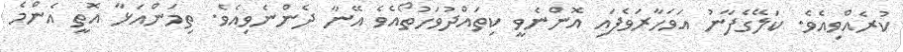
ކުރެއްވިއެވެ. ކަލޭގެފާނު އަވަހާރަވެފައި އޮންނެވީ ކިތައްދުވަހުތޯއެވެ އޭނާ ދެންނެވިއެވެ. ތިމަންއަޅާ އޮތީ އެންމެ